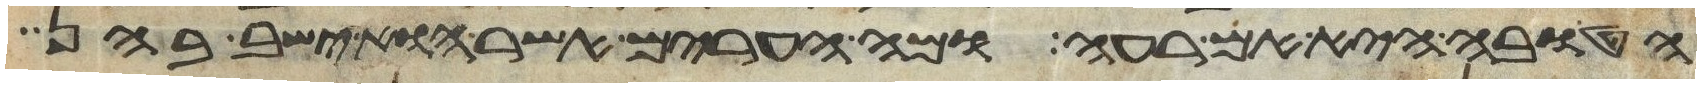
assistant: הטובה היא אם רעה ומה הערים אשר הוא ישב בהן